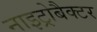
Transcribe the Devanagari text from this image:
नाइट्रोबैक्टर